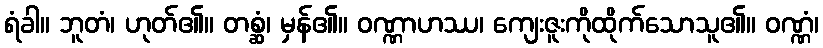
ရံခါ။ ဘူတံ၊ ဟုတ်၏။ တစ္ဆံ၊ မှန်၏။ ဝဏ္ဏာဟဿ၊ ကျေးဇူးကိုထိုက်သောသူ၏။ ဝဏ္ဏံ၊